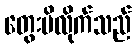
တွေးမိလိုက်သည်